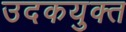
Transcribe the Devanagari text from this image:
उदकयुक्त